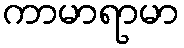
ကာမာရာမာ